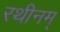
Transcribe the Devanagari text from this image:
रथीनम्